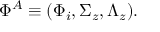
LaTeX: \Phi ^ { A } \equiv ( \Phi _ { i } , \Sigma _ { z } , \Lambda _ { z } ) .